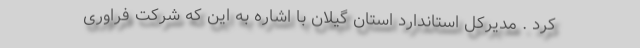
کرد . مدیرکل استاندارد استان گیلان با اشاره به این که شرکت فراوری